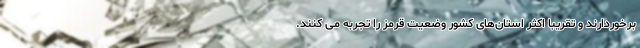
برخوردارند و تقریباً اکثر استان‌های کشور وضعیت قرمز را تجربه می کنند.